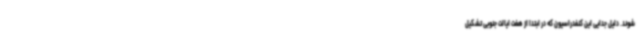
شوند. دلیل جدایی این کنفدراسیون که در ابتدا از هفت ایالت جنوبی تشکیل